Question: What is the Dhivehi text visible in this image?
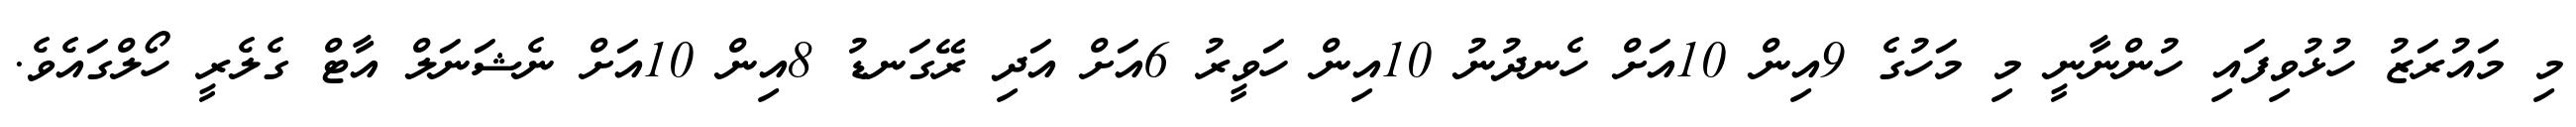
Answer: މި މައުރަޒު ހުޅުވިފައި ހުންނާނީ މި މަހުގެ 9އިން 10އަށް ހެނދުނު 10އިން ހަވީރު 6އަށް އަދި ރޭގަނޑު 8އިން 10އަށް ނެޝަނަލް އާޓް ގެލެރީ ހޯލްގައެވެ.